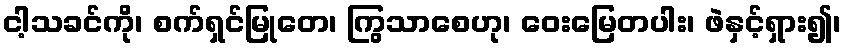
ငါ့သခင်ကို၊ စက်ရှင်မြုတေ၊ ကြွသာစေဟု၊ ဝေးမြေတပါး၊ ဖဲနှင့်ရှား၍၊